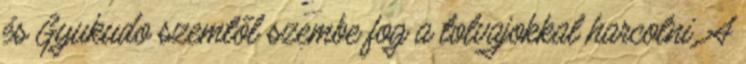
és Gyukudo szemtől szembe fog a tolvajokkal harcolni. A